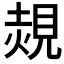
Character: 𧡂